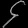
Digit: ၄